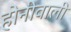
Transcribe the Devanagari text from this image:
होनीवाली